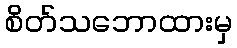
စိတ်သဘောထားမှ